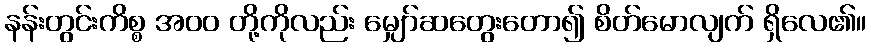
နန်းတွင်းကိစ္စ အ၀၀ တို့ကိုလည်း မျှော်ဆတွေးတော၍ စိတ်မောလျက် ရှိလေ၏။